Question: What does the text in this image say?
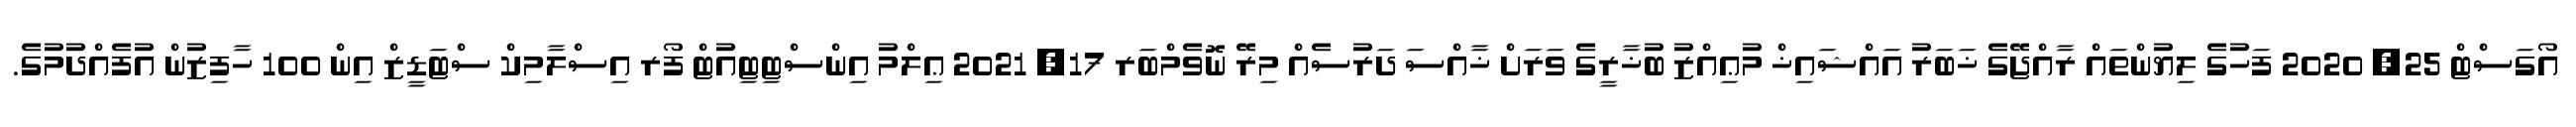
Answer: އޯގަސްޓް 25, 2020 ފަހުގެ ލިޔުންތައް ރާއްޖޭގެ ޚަބަރު އައްޝައިޚް މުޢިއްޒު ބުޚާރީގެ ވަރަށް ޚާއްސަ ދަރުސެއް މިރޭ ނޮވެމްބަރ 17, 2021 ޢިލްމު އިންސްޓިޓިއުޓް ފޯރ އިސްލާމިކް ސްޓަޑީޒް އިން 100 ހާފިޒުން އުފެއްދުމުގެ.